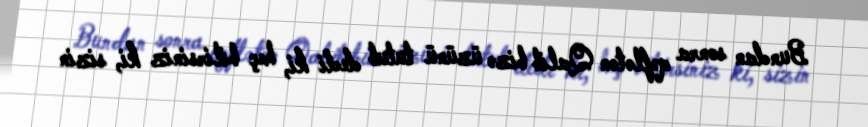
Bundan sonra qəflətən Qalib bizə üzünü tutub dedi ki, heç bilirsiniz ki, sizin